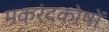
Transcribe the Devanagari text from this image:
मकरंदकोषों